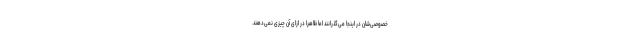
خصوصی‌شان در اینجا می‌گذرانند اما ظاهرا در ازای آن چیزی نمی‌دهند.